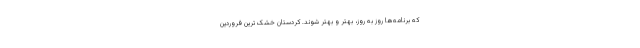
که برنامه‌ها روز به روز، بهتر و بهتر شوند. کردستان خشک‌ ترین فروردین